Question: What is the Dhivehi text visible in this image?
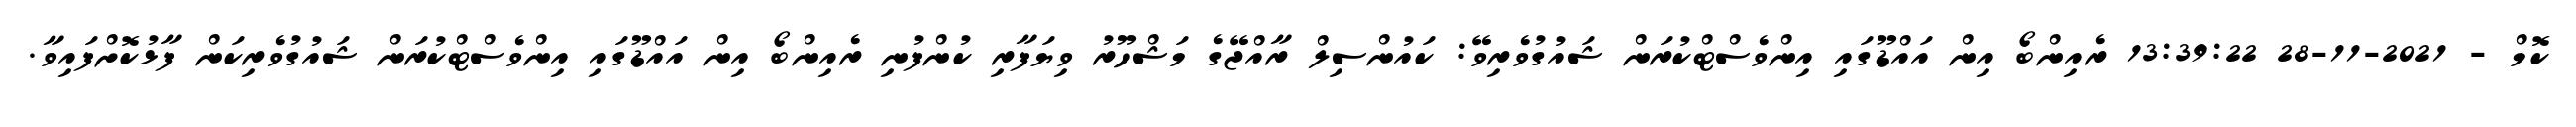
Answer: ކޮމް - 2021-11-28 13:39:22 ރެއިންބޯ އިން އައްޑޫގައި އިންވެސްޓްކުރަން ޝައުގުވެރިވޭ: ކައުންސިލް ރާއްޖޭގެ މަޝްހޫރު ވިޔަފާރި ކުންފުނި ރެއިންބޯ އިން އައްޑޫގައި އިންވެސްޓްކުރަން ޝައުގުވެރިކަން ފާޅުކޮށްފައިވާ.